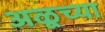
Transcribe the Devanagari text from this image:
अळूच्या